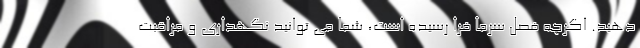
دهید. اگرچه فصل سرما فرا رسیده است، شما می توانید نگهداری و مراقبت